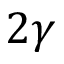
2 \gamma